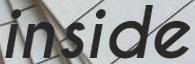
inside